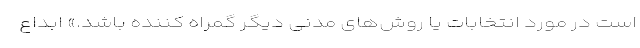
است در مورد انتخابات یا روش‌های مدنی دیگر گمراه کننده باشد.» ابداع